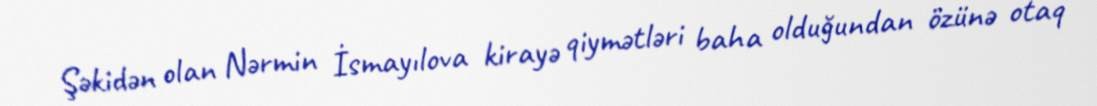
Şəkidən olan Nərmin İsmayılova kirayə qiymətləri baha olduğundan özünə otaq